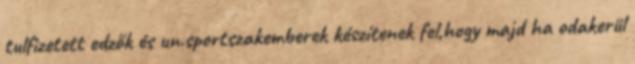
tulfizetett edzők és un.sportszakemberek készítenek fel,hogy majd ha odakerül